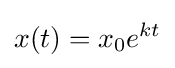
x(t)=x_{0}e^{kt}